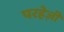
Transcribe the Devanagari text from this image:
परहेज़ी